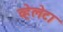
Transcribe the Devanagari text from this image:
व्हेलेटा